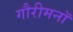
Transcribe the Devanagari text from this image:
गौरीमनॉ